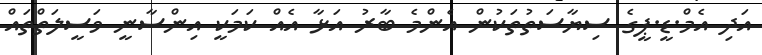
އަދި އެމް.ޑީ.ޕީގެ ސިޔާސަތުތަކުން އެންމެ ބާރު އަޅާ އެއް ކަމަކީ އިންސާނީ ވަސީލަތްތައް